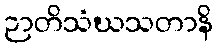
ဉာတိသံဃသတာနိ